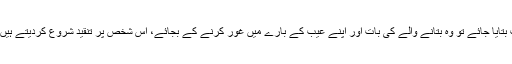
جواب میں تنقید کرنا: بعض لوگ ایسے ہوتے ہیں کہ اگر ان کو ان کا عیب بتایا جائے تو وہ بتانے والے کی بات اور اپنے عیب کے بارے میں غور کرنے کے بجائے، اس شخص پر تنقید شروع کردیتے ہیں اور اس کا بھی عیب اسے بتانے لگتے ہیں کہ تمہاری بھی یہ غلطی ہے۔